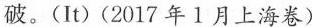
破。(It)(2017年1月上海卷)